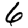
Digit: 6